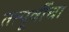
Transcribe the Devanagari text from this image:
तत्पूर्वीचा